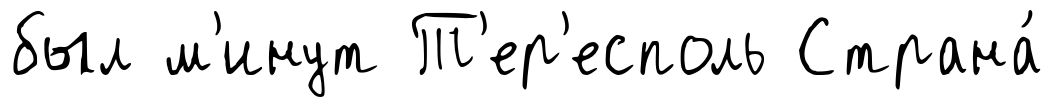
был м'инут Т'ер'есполь Страна́